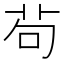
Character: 茍